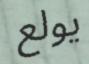
يولع